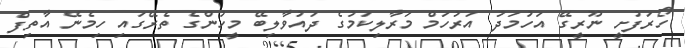
ހޯރަފުށީ ނޫރީގޭ އަހުމަދު އަރުހަމް މަރާލިކަމުގެ ދައުވާލިބޭ މީހުންގެ ތެރޭގައި ހިމެނޭ އާތިފް